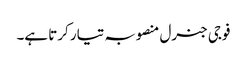
فوجی جنرل منصوبہ تیار کرتا ہے۔